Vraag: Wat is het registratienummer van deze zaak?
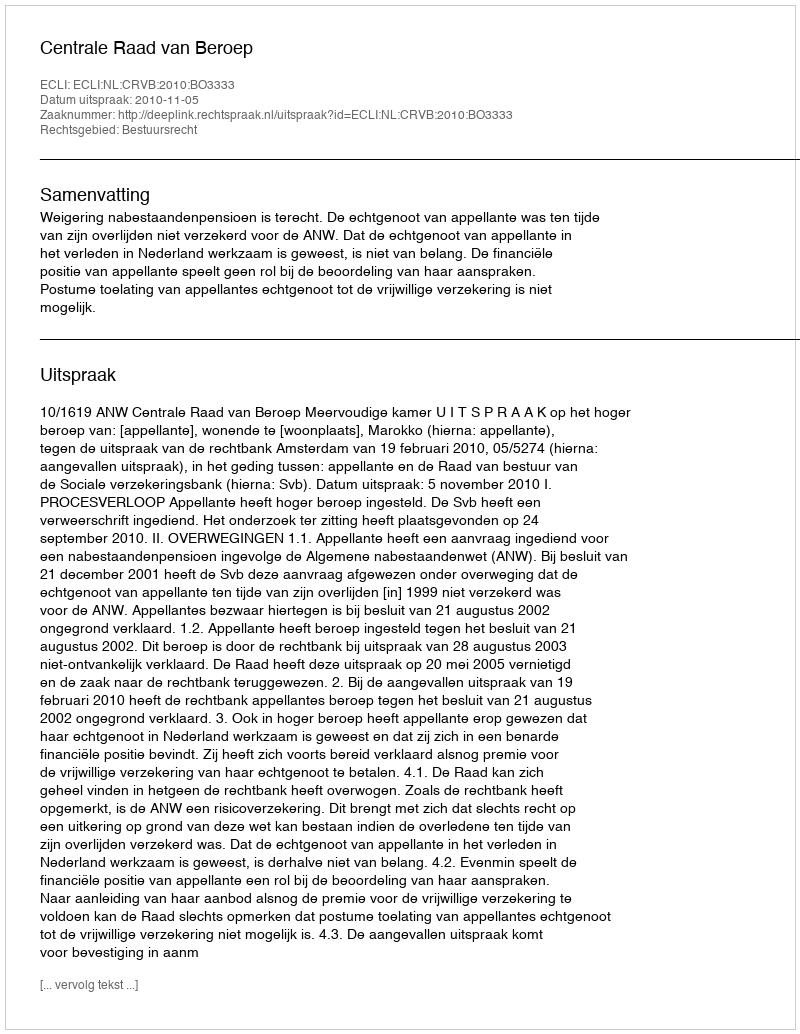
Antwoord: http://deeplink.rechtspraak.nl/uitspraak?id=ECLI:NL:CRVB:2010:BO3333